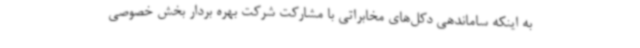
به اینکه ساماندهی دکل‌های مخابراتی با مشارکت شرکت بهره بردار بخش خصوصی